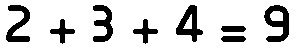
2 + 3 + 4 = 9